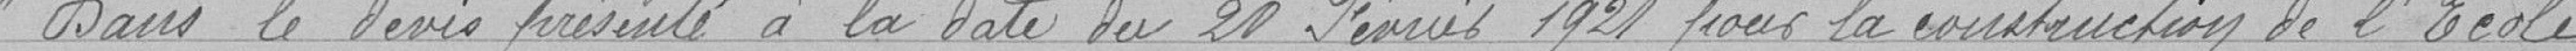
Dans le devis présenté à la date du 20 Février 1921 pour la construction de l'Ecole